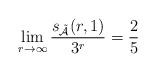
LaTeX: \begin{align*} \lim_{r\to\infty}\frac{s_{\mathcal{\tilde{A}}}(r,1)}{3^r}=\frac{2}{5}\end{align*}